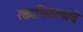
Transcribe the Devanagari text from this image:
रक्ताभिसरणाचे